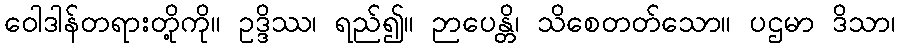
ဝေါဒါန်တရားတို့ကို။ ဥဒ္ဒိဿ၊ ရည်၍။ ဉာပေန္တိ၊ သိစေတတ်သော။ ပဌမာ ဒိသာ၊